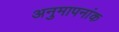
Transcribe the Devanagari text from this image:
अनुमापनांक